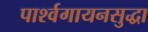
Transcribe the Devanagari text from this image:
पार्श्वगायनसुद्धा